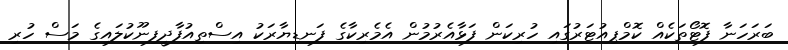
ބަރަހަނާ ފޮޓޯތަކެއް ކޮމްޕިއުޓަރުގައި ހުރިކަން ފަޅާއެރުމުން އެމެރިކާގެ ފަނޑިޔާރަކު އިސްތިއުފާދީފިނޫކުލައިގެ މަސް ހުރި